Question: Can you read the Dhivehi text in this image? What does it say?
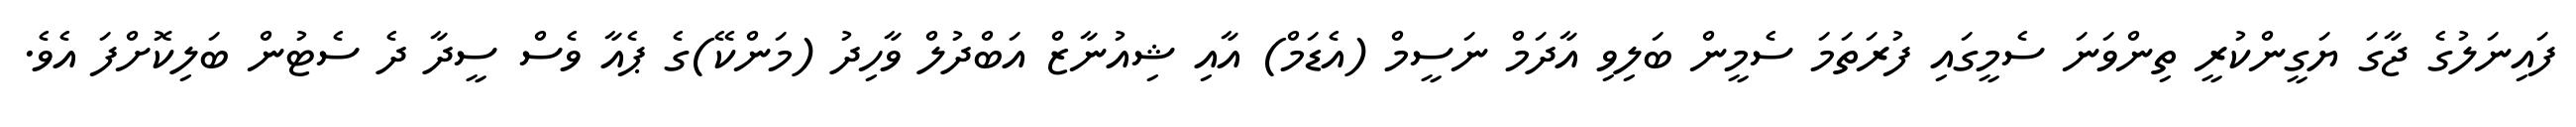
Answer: ފައިނަލުގެ ޖާގަ ޔަގީންކުރީ ތިންވަނަ ސެމީގައި ފުރަތަމަ ސެމީން ބަލިވި އާދަމް ނަސީމް (އެޑަމް) އާއި ޝިއުނާޒް އަބްދުލް ވާހިދު (މަންކޭ)ގެ ޕެއާ ވެސް ސީދާ ދެ ސެޓުން ބަލިކޮށްފަ އެވެ.